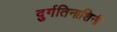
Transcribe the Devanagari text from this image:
दुर्गतिनाशिनी